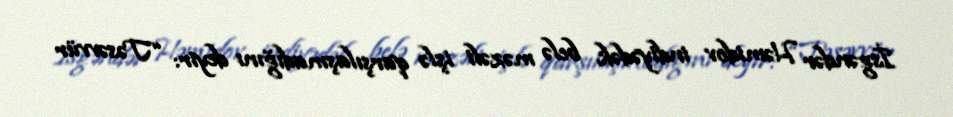
İsgəndər Həmidov indiyədək belə məzəli işlə qarşılaşmadığını deyir: “Təsəvvür